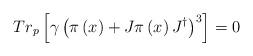
LaTeX: \begin{align*}Tr_p\left[ \gamma \left( \pi \left( x\right) +J\pi \left( x\right)J^{\dagger }\right) ^3\right] =0\end{align*}